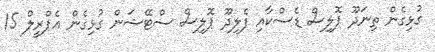
ގުޅިގެން ތިނަދޫ ޕޮލިސް ޑެސްކާއި ފެލިދޫ ޕޮލިސް ސްޓޭޝަން ގުޅިގެން އެޕްރީލް 15